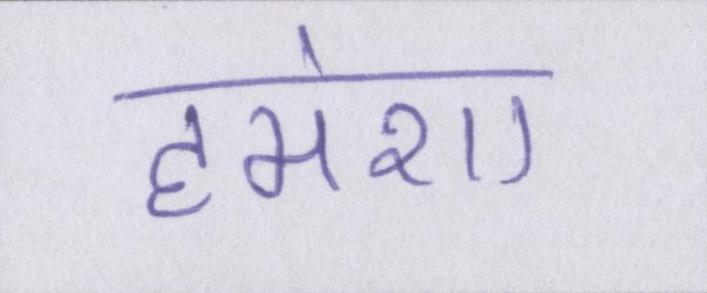
हमेशा